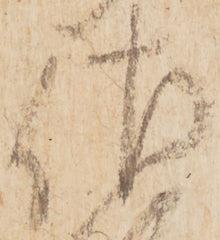
佐